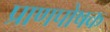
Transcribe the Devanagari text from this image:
प्राणपोषक